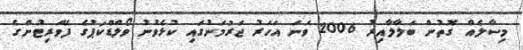
މިސާލެއް ގޮތުން ބަލާލާއިރު 2006 ވަނަ އަހަރު ޖަރުމަނުގައި ކުޅެވުނު ވޯލްޑްކަޕުގެ ފޭވަރިޓުންގެ